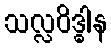
သလ္လဝိဒ္ဓါန